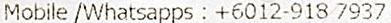
MOBILE /WHATSAPPS : +6012-918 7937